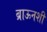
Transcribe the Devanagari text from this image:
ब्राऊनशी